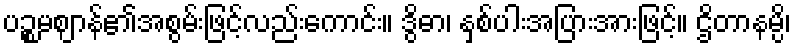
ပဉ္စမဈာန်၏အစွမ်းဖြင့်လည်းကောင်း။ ဒွိဓာ၊ နှစ်ပါးအပြားအားဖြင့်။ ဌိတာနမ္ပိ၊